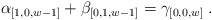
\begin{align*} \alpha_{[1,0,w-1]} + \beta_{[0,1,w-1]} = \gamma_{[0,0,w]}\; . \end{align*}